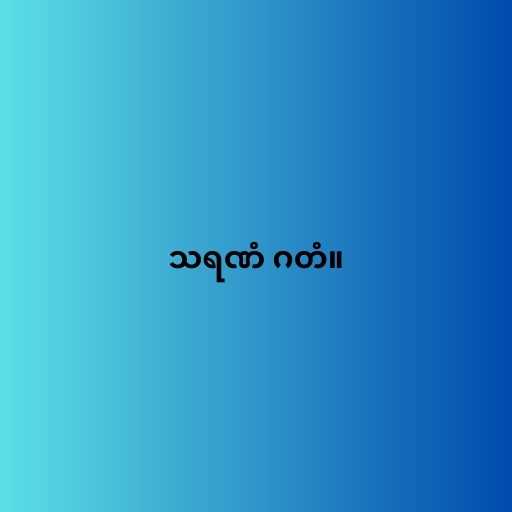
သရဏံ ဂတံ။